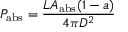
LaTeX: P _ { \mathrm { { a b s } } } = { \frac { L A _ { \mathrm { { a b s } } } ( 1 - a ) } { 4 \pi D ^ { 2 } } }